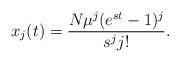
LaTeX: \begin{align*}x_j(t) = \frac{N \mu^j (e^{st} - 1)^j}{s^j j!}.\end{align*}